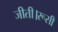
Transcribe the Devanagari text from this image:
जीती।रूसी